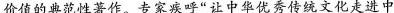
价值的典范性著作。专家疾呼”让中华优秀传统文化走进中